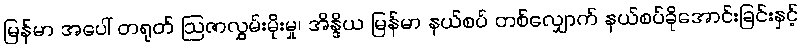
မြန်မာ အပေါ် တရုတ် ဩဇာလွှမ်းမိုးမှု၊ အိန္ဒိယ မြန်မာ နယ်စပ် တစ်လျှောက် နယ်စပ်ခိုအောင်းခြင်းနှင့်